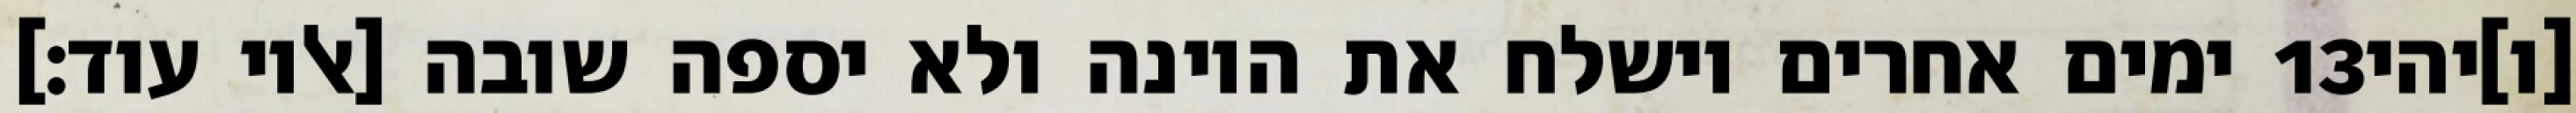
ימים אחרים וישלח את היונה ולא יספה שובה [אליו עוד׃] ‎13‏ [ו]יהי